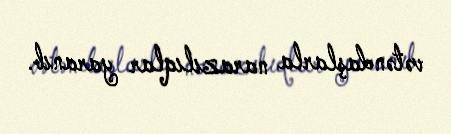
vətəndaşlarla narazılıqlar yaranıb.